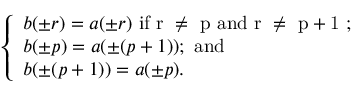
\left\{ \begin{array} { l } { { b ( \pm r ) = a ( \pm r ) \mathrm { ~ i f ~ r ~ \neq ~ p ~ a n d ~ r ~ \neq ~ p + 1 ~ ; } } } \\ { { b ( \pm p ) = a ( \pm ( p + 1 ) ) \mathrm { ; ~ a n d } } } \\ { { b ( \pm ( p + 1 ) ) = a ( \pm p ) . } } \end{array} \right.